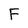
Character: F